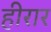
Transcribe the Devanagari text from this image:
हीरार